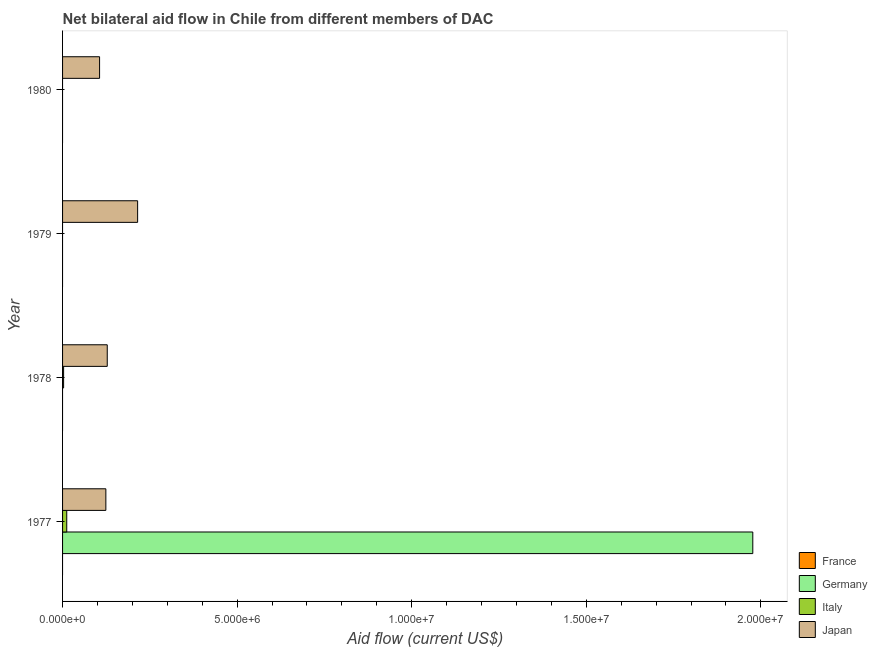
| Year | France | Germany | Italy | Japan |
 | --- | --- | --- | --- | --- |
 | 1977 | -5.6e+06 | 1.98e+07 | 1.2e+05 | 1.24e+06 |
 | 1978 | -5.3e+06 | -2.05e+06 | 3e+04 | 1.28e+06 |
 | 1979 | -6.2e+06 | -5.42e+06 | -4.78e+06 | 2.15e+06 |
 | 1980 | -4.8e+06 | -4.54e+06 | -5.9e+05 | 1.06e+06 |